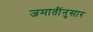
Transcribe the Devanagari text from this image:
जमातींनुसार